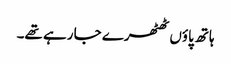
ہاتھ پاؤں ٹھٹھرے جا رہے تھے۔